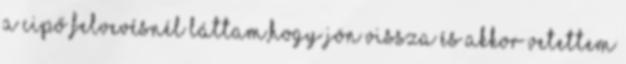
a cipő felvevésnél láttam,hogy jön vissza és akkor vetettem